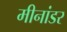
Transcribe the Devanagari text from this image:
मीनांडर